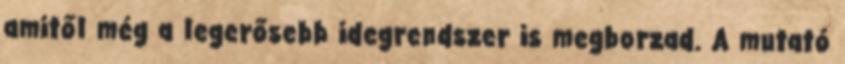
amitől még a legerősebb idegrendszer is megborzad. A mutató